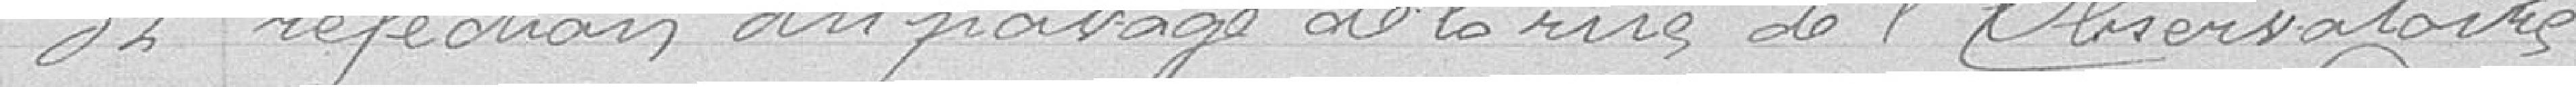
32 Réfection du pavage de la rue de l'observatoire